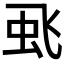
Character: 𮶻